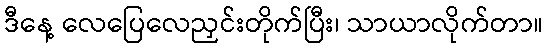
ဒီနေ့ လေပြေလေညှင်းတိုက်ပြီး၊ သာယာလိုက်တာ။